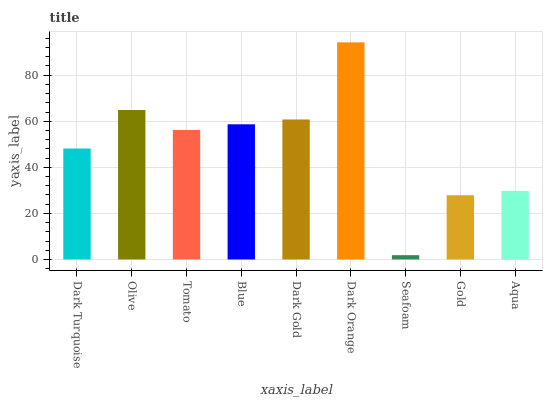
| xaxis_label | bars |
 | --- | --- |
 | Dark Turquoise | 48.2 |
 | Olive | 64.9 |
 | Tomato | 56.2 |
 | Blue | 58.7 |
 | Dark Gold | 60.8 |
 | Dark Orange | 94.3 |
 | Seafoam | 1.86 |
 | Gold | 27.9 |
 | Aqua | 29.8 |